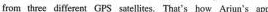
from three different GPS satellites. That's how Arjun's app